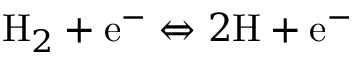
\mathrm { H } _ { 2 } + \mathrm { e } ^ { - } \Leftrightarrow 2 \mathrm { H } + \mathrm { e } ^ { - }